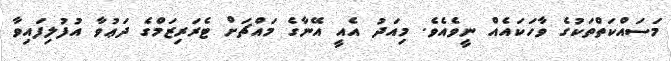
މަސައްކަތްތަކުގެ ވާހަކައެއް ނީވެއެވެ. މިއަދު އެއީ އޭނާގެ މައްޗަށް ޓެރަރިޒަމްގެ ދަޢުވާ އުފުލިފައިވާ